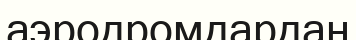
аэродромдардан